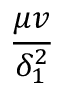
\frac { \mu v } { \delta _ { 1 } ^ { 2 } }